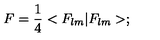
F = \frac { 1 } { 4 } < F _ { l m } | F _ { l m } > ;